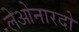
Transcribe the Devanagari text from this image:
लेओनारदो